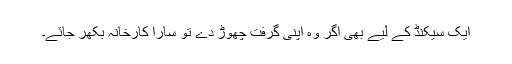
ایک سیکنڈ کے لیے بھی اگر وہ اپنی گرفت چھوڑ دے تو سارا کارخانہ بکھر جائے۔